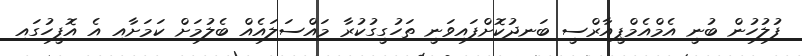
ފުލުހުން ބުނީ އެމްއެމްޕީއާރްސީ ބަނދުކޮށްފައިވަނީ ތަހުގީގުކުރާ މައްސަލައެއް ބެލުމަށް ކަމަށާއި އެ އޮފީހުގައި